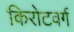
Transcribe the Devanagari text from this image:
किरोटवर्ग